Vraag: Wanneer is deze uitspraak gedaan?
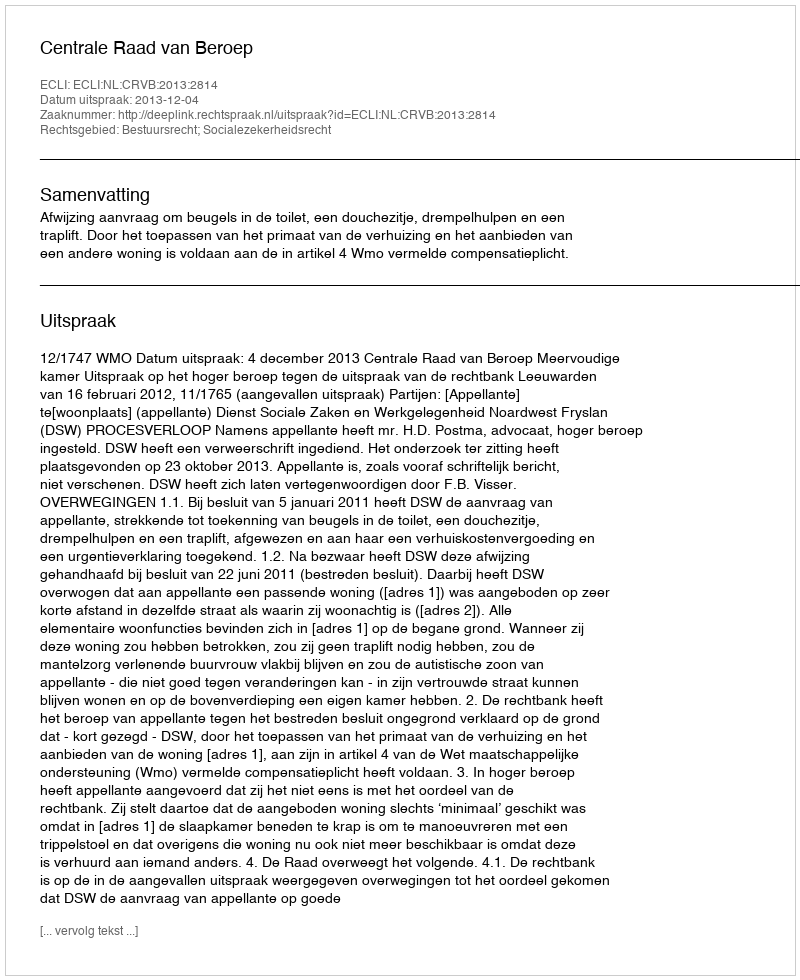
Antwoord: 2013-12-04